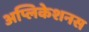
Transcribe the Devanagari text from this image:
अप्लिकेशनस